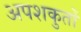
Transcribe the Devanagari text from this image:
अपशकुतों